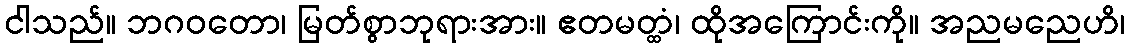
ငါသည်။ ဘဂဝတော၊ မြတ်စွာဘုရားအား။ ဧတမတ္ထံ၊ ထိုအကြောင်းကို။ အညမညေဟိ၊